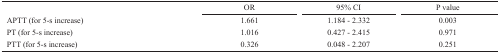
|  | OR | 95% CI | P value |
 | --- | --- | --- | --- |
 | APTT (for 5-s increase) | 1.661 | 1.184 - 2.332 | 0.003 |
 | PT (for 5-s increase) | 1.016 | 0.427 - 2.415 | 0.971 |
 | PTT (for 5-s increase) | 0.326 | 0.048 - 2.207 | 0.251 |